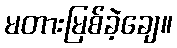
မတားမြစ်ခဲ့ချေ။